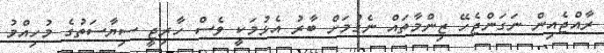
ރާއްޖެއިން ނަގަންޖެހޭ ޒިންމާތައް ނެގުމަށް ބާރު އެޅުމަކީ ވެސް ހާރިޖީ ސިޔާސަތުގެ މުހިއްމު